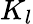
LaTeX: K_{l}